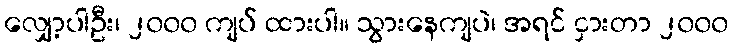
လျှော့ပါဦး၊ ၂၀၀၀ ကျပ် ထားပါ။ သွားနေကျပဲ၊ အရင် ငှားတာ ၂၀၀၀